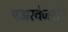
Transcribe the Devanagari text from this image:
एअरवेजशी